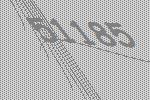
51185